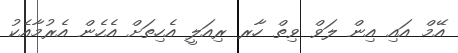
އޭމް އައި އިން ލަވް ވިތް ހާރ ރިއަލީ އެހިތަށް އެހެން އެރުމާއެކު